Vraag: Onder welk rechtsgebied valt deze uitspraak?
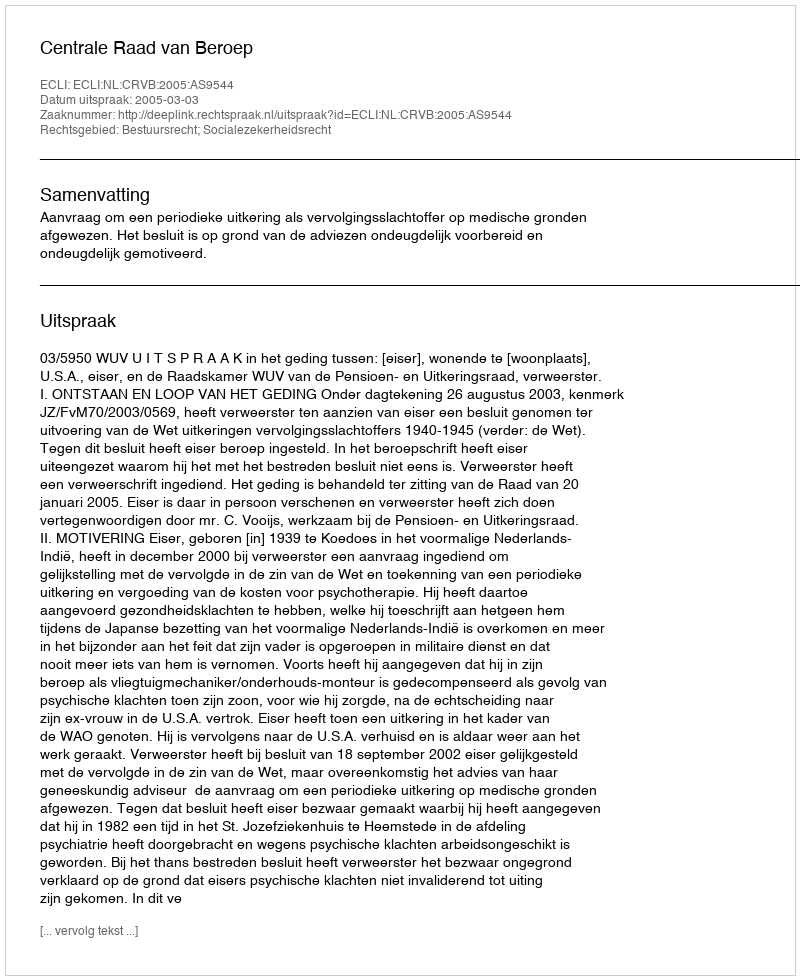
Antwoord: Bestuursrecht; Socialezekerheidsrecht